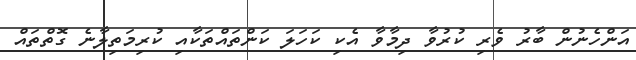
އަންހެނުން ބާރު ވެރި ކުރުވާ ދިމާވާ އެކި ކަހަލަ ކަންތައްތަކާއި ކުރިމަތިލާނެ ގޮތްތައް